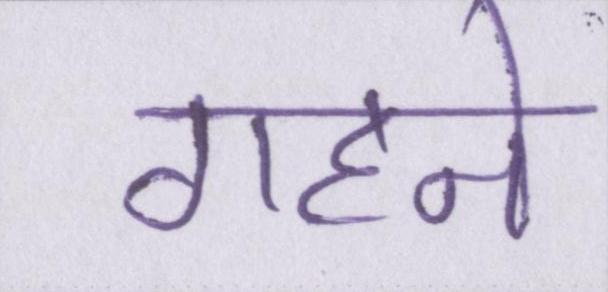
गहने